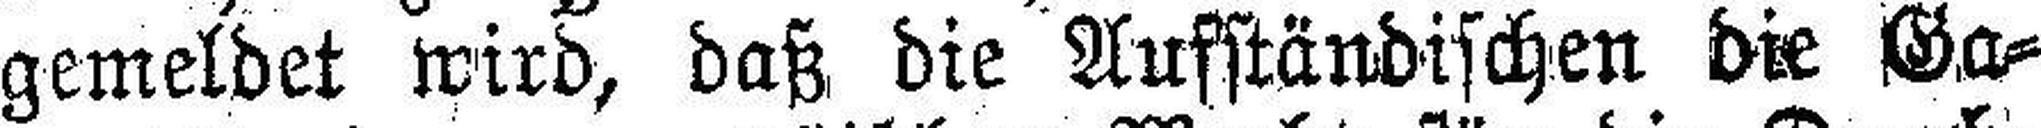
gemeldet wird, daß die Aufständischen die Ga¬